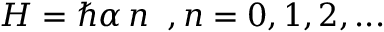
H = \hbar \alpha \, n \; \; , n = 0 , 1 , 2 , . . .